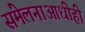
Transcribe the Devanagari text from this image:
संमेलनाआधीही